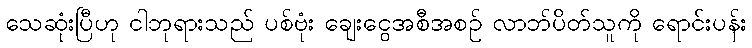
သေဆုံးပြီဟု ငါဘုရားသည် ပစ်ဗုံး ချေးငွေအစီအစဉ် လာဘ်ပိတ်သူကို ရောင်းပန်း